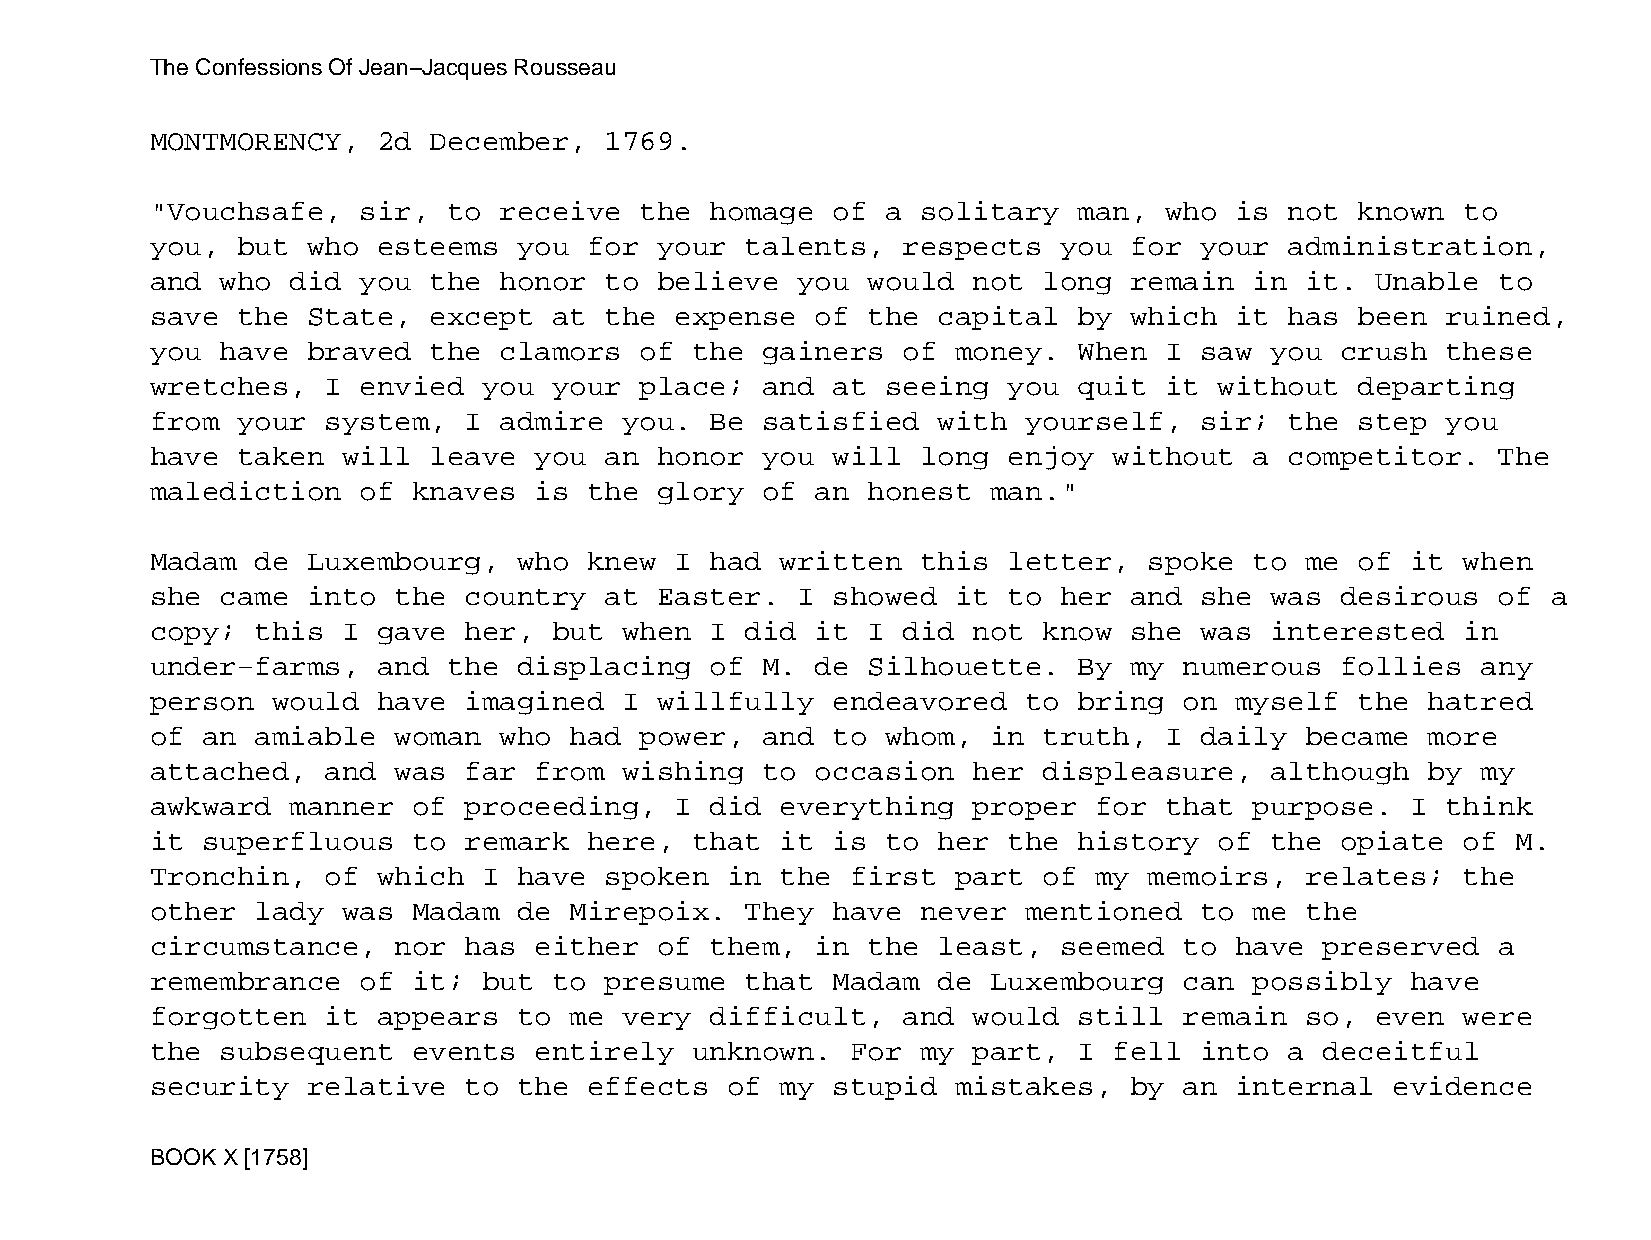
The Confessions Of Jean−Jacques Rousseau
 MONTMORENCY,   2d December,   1769.
 "Vouchsafe,   sir,  to receive  the  homage  of  a solitary  man,  who  is not  known  to
 you,  but who  esteems  you  for  your talents,   respects  you  for your  administration,
 and  who did  you the  honor  to  believe  you would  not  long  remain  in it.  Unable  to
 save  the State,  except   at the  expense  of the  capital  by  which  it has  been  ruined,
 you  have braved  the  clamors  of  the gainers   of money.  When  I saw  you  crush  these
 wretches,   I envied  you  your place;  and  at  seeing  you quit  it  without  departing
 from  your  system,  I admire  you.  Be satisfied   with  yourself,  sir;  the  step  you
 have  taken  will leave  you  an  honor you  will  long  enjoy  without  a competitor.   The
 malediction   of knaves  is  the  glory of  an honest   man."
 Madam  de Luxembourg,   who  knew  I had  written  this  letter,  spoke  to me  of it  when
 she  came into  the  country  at  Easter.  I showed  it  to her  and she  was  desirous  of  a
 copy;  this  I gave  her,  but when  I did  it I  did not  know  she was  interested   in
 under−farms,   and  the displacing   of M.  de Silhouette.   By  my numerous   follies  any
 person  would  have  imagined  I  willfully  endeavored   to bring  on  myself  the  hatred
 of an  amiable  woman  who  had power,  and  to  whom,  in truth,  I daily  became   more
 attached,   and was  far from  wishing  to  occasion  her  displeasure,   although   by my
 awkward  manner  of  proceeding,   I did  everything  proper  for  that  purpose.  I  think
 it superfluous   to  remark  here,  that  it is  to her  the history   of the  opiate  of M.
 Tronchin,   of which  I have  spoken  in  the first  part  of my  memoirs,  relates;   the
 other  lady  was Madam  de  Mirepoix.  They  have  never  mentioned  to  me the
 circumstance,   nor  has either   of them,  in the  least,  seemed  to  have  preserved  a
 remembrance   of it;  but  to presume  that  Madam  de  Luxembourg  can  possibly  have
 forgotten   it appears  to  me very  difficult,   and would  still  remain  so,  even  were
 the  subsequent  events  entirely   unknown.  For  my part,  I  fell into  a  deceitful
 security  relative   to the  effects  of  my stupid  mistakes,   by an  internal  evidence
 BOOK X [1758]